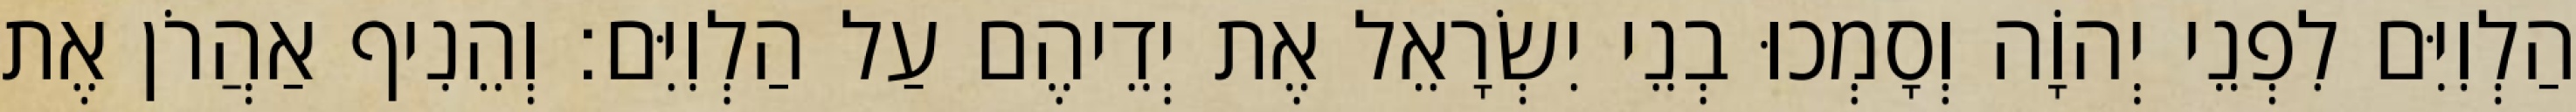
הַלְוִיִּם לִפְנֵי יְהוָֹה וְסָמְכוּ בְנֵי יִשְׂרָאֵל אֶת יְדֵיהֶם עַל הַלְוִיִּם׃ וְהֵנִיף אַהֲרֹן אֶת